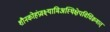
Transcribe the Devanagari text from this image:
शौनकोहंप्रवक्ष्यामिअस्थिक्षेपविधिंक्रमात्